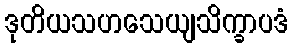
ဒုတိယသဟသေယျသိက္ခာပဒံ